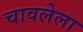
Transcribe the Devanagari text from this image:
चावलेला